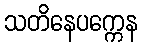
သတိနေပက္ကေန